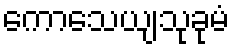
ကောသေယျသုခုမံ